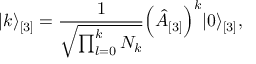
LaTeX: \vert k \rangle _ { [ 3 ] } = \frac { 1 } { \sqrt { \prod _ { l = 0 } ^ { k } N _ { k } } } \Bigl ( \hat { A } _ { [ 3 ] } \Bigr ) ^ { k } \vert 0 \rangle _ { [ 3 ] } ,